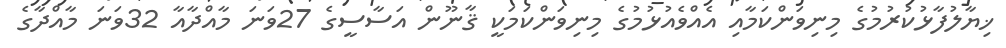
ޚިޔާލުފާޅުކުރުމުގެ މިނިވަންކަމާއި އެއްވެއުޅުމުގެ މިނިވަންކަމަކީ ޤާނޫން އަސާސީގެ 27ވަނަ މާއްދާއާ 32ވަނަ މާއްދާގެ